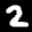
Label: 2